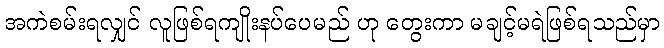
အကဲစမ်းရလျှင် လူဖြစ်ရကျိုးနပ်ပေမည် ဟု တွေးကာ မချင့်မရဲဖြစ်ရသည်မှာ